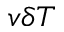
v \delta T